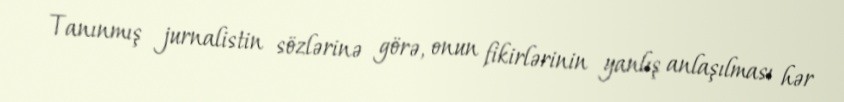
Tanınmış jurnalistin sözlərinə görə, onun fikirlərinin yanlış anlaşılması hər